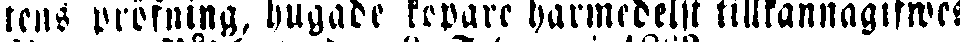
tens pröfning, hugade köpare härmedelst tillkännagifwers